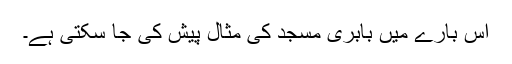
اس بارے میں بابری مسجد کی مثال پیش کی جا سکتی ہے۔